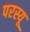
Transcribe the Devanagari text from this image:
परस्यू